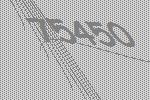
75450